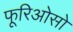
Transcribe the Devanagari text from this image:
फूरिओसो